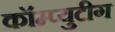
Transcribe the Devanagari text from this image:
कॉम्प्युटीग